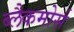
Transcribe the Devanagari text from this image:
ब्लैकमोर्स